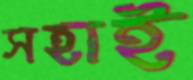
সহাই